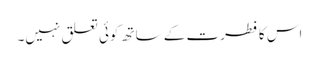
اس کا فطرت کے ساتھ کوئی تعلق نہیں۔